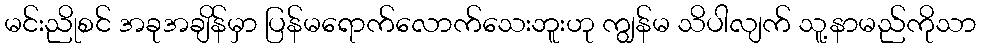
မင်းညိုစင် အခုအချိန်မှာ ပြန်မရောက်လောက်သေးဘူးဟု ကျွန်မ သိပါလျက် သူ့နာမည်ကိုသာ